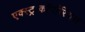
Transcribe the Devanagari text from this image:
एक्स्ट्राकॉर्पोरियल